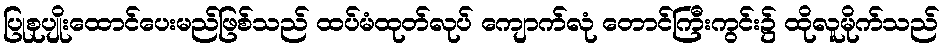
ပြုစုပျိုးထောင်ပေးမည်ဖြစ်သည် ထပ်မံထုတ်လုပ် ကျောက်လုံ တောင်ကြီးကွင်း၌ ထိုလူမိုက်သည်